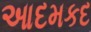
આદમકદ